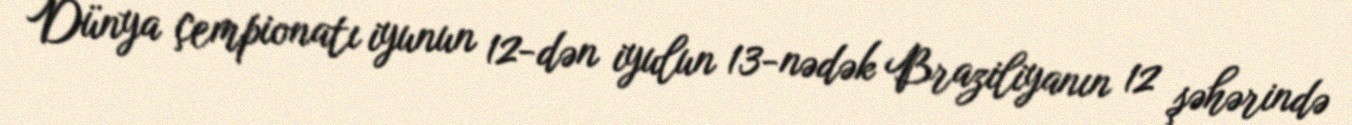
Dünya çempionatı iyunun 12-dən iyulun 13-nədək Braziliyanın 12 şəhərində